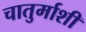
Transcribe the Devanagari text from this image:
चातुर्माशी